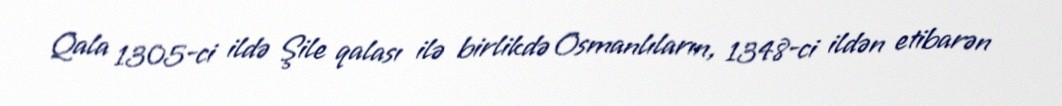
Qala 1305-ci ildə Şile qalası ilə birlikdə Osmanlıların, 1348-ci ildən etibarən